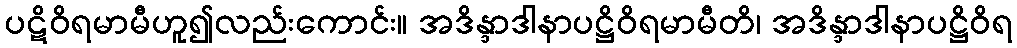
ပဋိဝိရမာမီဟူ၍လည်းကောင်း။ အဒိန္ဒာဒါနာပဋ္ဌိဝိရမာမီတိ၊ အဒိန္ဒာဒါနာပဋ္ဌိဝိရ